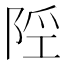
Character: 𨹢